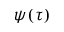
\psi ( \tau )